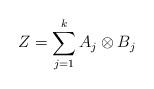
LaTeX: \begin{align*}Z=\sum_{j=1}^k A_j\otimes B_j\end{align*}